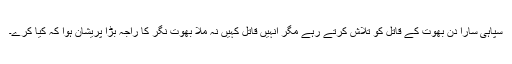
سپاہی سارا دن بھوت کے قاتل کو تلاش کرتے رہے مگر انہیں قاتل کہیں نہ ملا بھوت نگر کا راجہ بڑا پریشان ہوا کہ کیا کرے۔